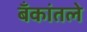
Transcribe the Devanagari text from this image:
बँकांतले